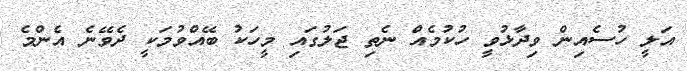
އަލީ ހުސެއިން ވިދާޅުވީ ހުކުމެއް ނެތި ޖަލުގައި މީހަކު ބޭއްވުމަކީ ދެވޭނެ އެންމެ